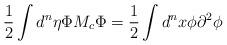
LaTeX: \begin{align*}\frac{1}{2}\int{d^n\eta}{\Phi}{M_c}{\Phi} = \frac{1}{2}\int{d^nx}{\phi}{\partial}^2{\phi}\end{align*}